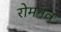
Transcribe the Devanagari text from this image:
रोमनव